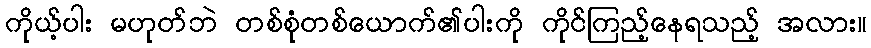
ကိုယ့်ပါး မဟုတ်ဘဲ တစ်စုံတစ်ယောက်၏ပါးကို ကိုင်ကြည့်နေရသည့် အလား။